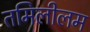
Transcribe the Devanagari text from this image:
तमिलीलम